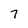
Character: 7